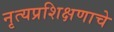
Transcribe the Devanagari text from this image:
नृत्यप्रशिक्षणाचे